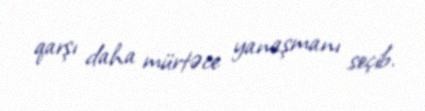
qarşı daha mürtəce yanaşmanı seçib.